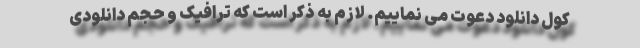
کول دانلود دعوت می نماییم. لازم به ذکر است که ترافیک و حجم دانلودی